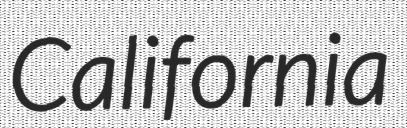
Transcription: California